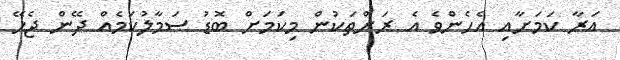
އަރާ ކަމަށާއި އެހެންވެ އެ ރަށްތަކުން މިކަމަށް ބޮޑު ސަމާލުކަމެއް ދޭން ޖެހޭ